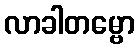
လာခါတမ္ဗော